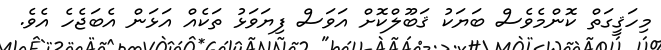
މިހަޤީގަތް ކޮންމެވެސް ބަޔަކު ޤަބޫލްކޮށް އަވަސް ފިޔަވަޅު ތަކެއް އަޅަން އެބަޖެހެ އެވެ.